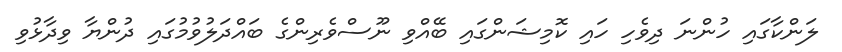
ލަންކާގައި ހުންނަ ދިވެހި ހައި ކޮމިޝަންގައި ބޭއްވި ނޫސްވެރިންގެ ބައްދަލުވުމުގައި ދުންޔާ ވިދާޅުވި